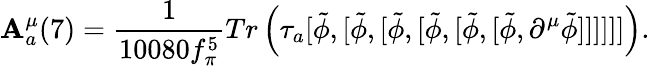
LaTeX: \mathbf{A}_{a}^{\mu}(7)={\frac{{1}}{{10080f_{\pi}^{5}}}}Tr\left(\tau_{a}[{\tilde{{\phi}}},[{\tilde{{\phi}}},[{\tilde{{\phi}}},[{\tilde{{\phi}}},[{\tilde{{\phi}}},[{\tilde{{\phi}}},\partial^{\mu}{\tilde{{\phi}}}]]]]]]\right).